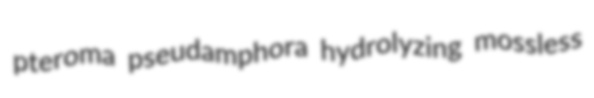
pteroma pseudamphora hydrolyzing mossless